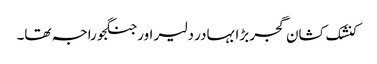
کنشک کشان گجر بڑا بہادر دلیر اور جنگجو راجہ تھا۔